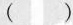
（）